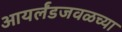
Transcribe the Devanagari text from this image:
आयर्लंडजवळच्या